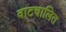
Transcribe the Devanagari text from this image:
वाटचालित